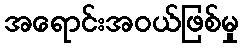
အရောင်းအဝယ်ဖြစ်မှု